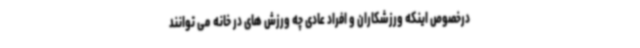
درخصوص اینکه ورزشکاران و افراد عادی چه ورزش های در خانه می توانند